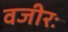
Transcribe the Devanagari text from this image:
वजीरः